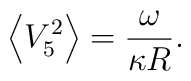
\left<V_5^2\right>=\frac{\omega}{\kappa R}.